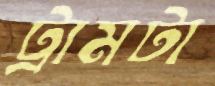
ট্রামটা